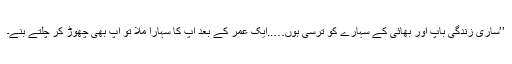
’’ساری زندگی باپ اور بھائی کے سہارے کو ترسی ہوں…..ایک عمر کے بعد آپ کا سہارا ملا تو آپ بھی چھوڑ کر چلتے بنے۔